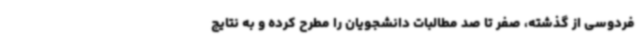
فردوسی از گذشته، صفر تا صد مطالبات دانشجویان را مطرح کرده و به نتایج